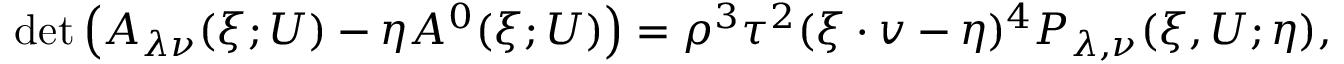
\operatorname* { d e t } \left( A _ { \lambda \nu } ( \xi ; U ) - \eta A ^ { 0 } ( \xi ; U ) \right) = \rho ^ { 3 } \tau ^ { 2 } ( \xi \cdot v - \eta ) ^ { 4 } P _ { \lambda , \nu } ( \xi , U ; \eta ) ,